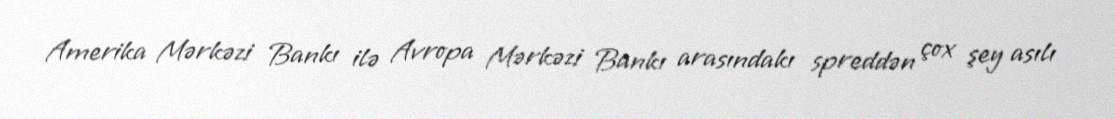
Amerika Mərkəzi Bankı ilə Avropa Mərkəzi Bankı arasındakı spreddən çox şey asılı